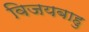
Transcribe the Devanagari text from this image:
विजयबाहु